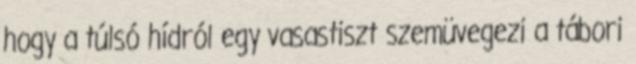
hogy a túlsó hídról egy vasastiszt szemüvegezi a tábori